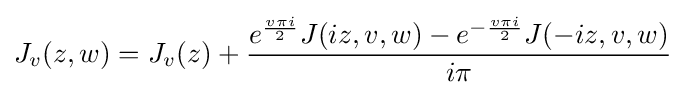
J_{v}(z,w)=J_{v}(z)+{\dfrac {e^{\frac {v\pi i}{2}}J(iz,v,w)-e^{-{\frac {v\pi i}{2}}}J(-iz,v,w)}{i\pi }}